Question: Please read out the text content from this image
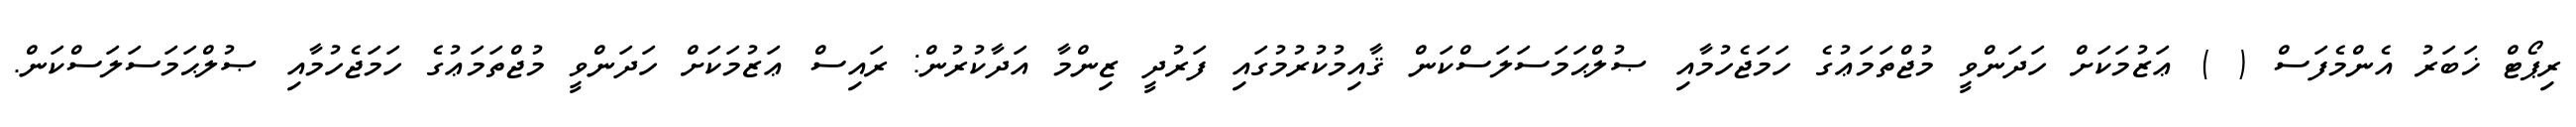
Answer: ރިޕޯޓް ޚަބަރު އެންމެފަސް ( ) ޢަޒުމަކަށް ހަދަންވީ މުޖްތަމަޢުގެ ހަމަޖެހުމާއި ޞުލްޙަމަސަލަސްކަން ޤާއިމުކުރުމުގައި ފަރުދީ ޒިންމާ އަދާކުރުން: ރައިސް ޢަޒުމަކަށް ހަދަންވީ މުޖްތަމަޢުގެ ހަމަޖެހުމާއި ޞުލްޙަމަސަލަސްކަން.